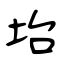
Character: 坮